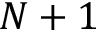
N + 1